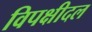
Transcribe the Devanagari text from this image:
विपक्षीदल